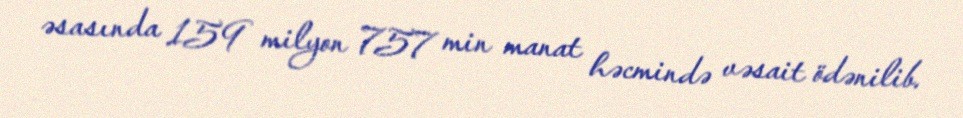
əsasında 159 milyon 757 min manat həcmində vəsait ödənilib.